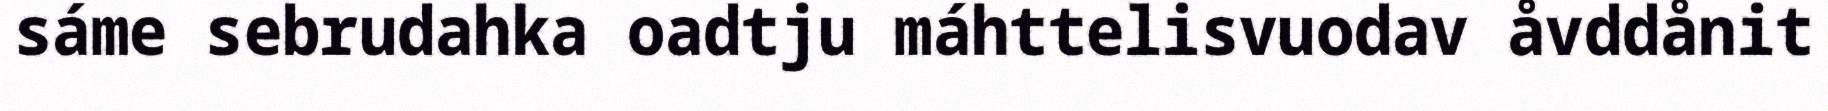
sáme sebrudahka oadtju máhttelisvuodav åvddånit